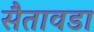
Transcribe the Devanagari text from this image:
सैतावडा